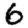
Digit: 6